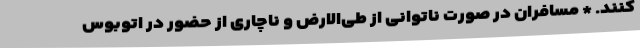
کنند. * مسافران در صورت ناتوانی از طی‌الارض و ناچاری از حضور در اتوبوس